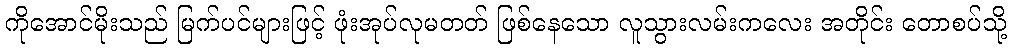
ကိုအောင်မိုးသည် မြက်ပင်များဖြင့် ဖုံးအုပ်လုမတတ် ဖြစ်နေသော လူသွားလမ်းကလေး အတိုင်း တောစပ်သို့